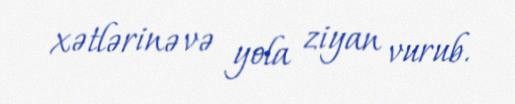
xətlərinə və yola ziyan vurub.